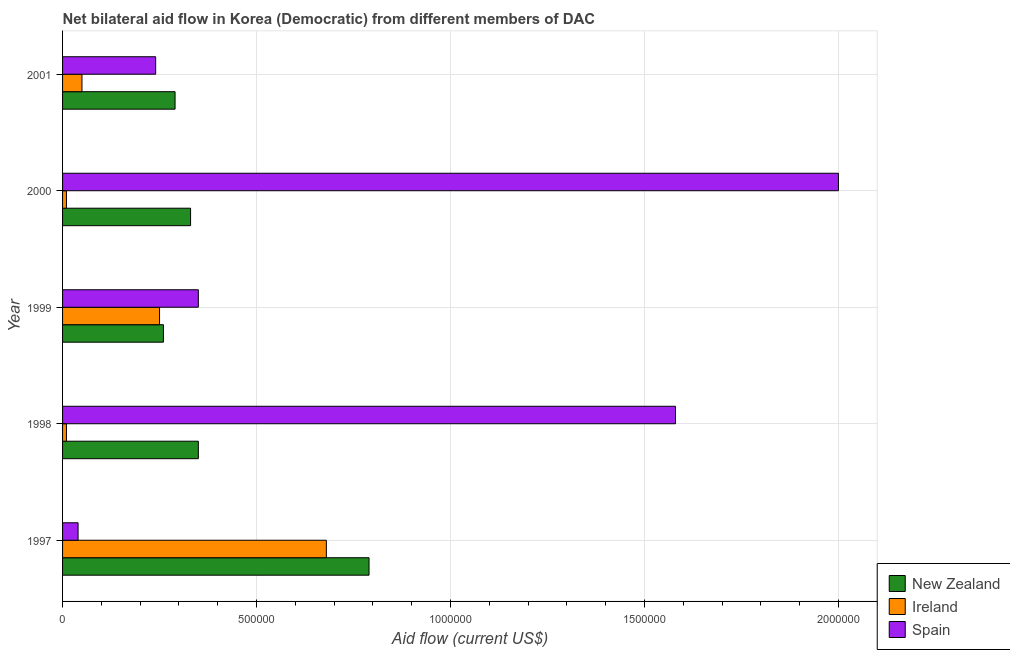
| Year | New Zealand | Ireland | Spain |
 | --- | --- | --- | --- |
 | 1997 | 7.9e+05 | 6.8e+05 | 4e+04 |
 | 1998 | 3.5e+05 | 1e+04 | 1.58e+06 |
 | 1999 | 2.6e+05 | 2.5e+05 | 3.5e+05 |
 | 2000 | 3.3e+05 | 1e+04 | 2e+06 |
 | 2001 | 2.9e+05 | 5e+04 | 2.4e+05 |